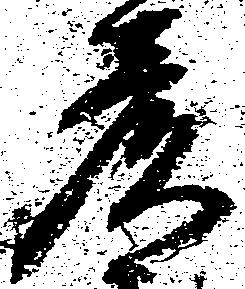
彦